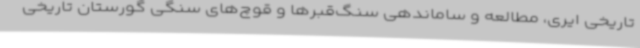
تاریخی ایری، مطالعه و ساماندهی سنگ‌قبرها و قوچ‌های سنگی گورستان تاریخی